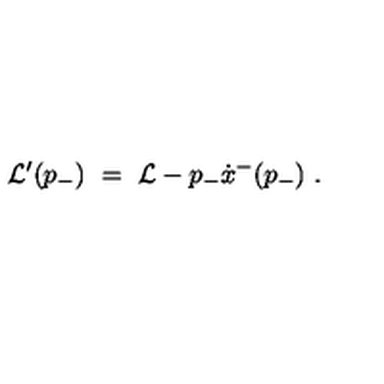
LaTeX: { \cal L } ^ { \prime } ( p _ { - } ) \ = \ { \cal L } - p _ { - } \dot { x } ^ { - } ( p _ { - } ) \ .